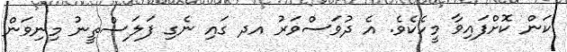
ކަން ކޮށްފައިވާ މީހެކެވެ. އެ ދުވަސްވަރު އދ ގައި ނެގި ފަލަސްތީނު މިނިވަން